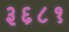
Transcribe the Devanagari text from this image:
३६८१